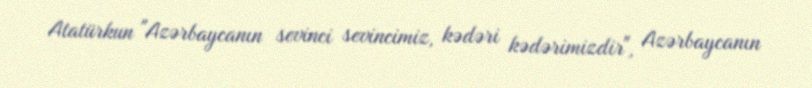
Atatürkun "Azərbaycanın sevinci sevincimiz, kədəri kədərimizdir", Azərbaycanın